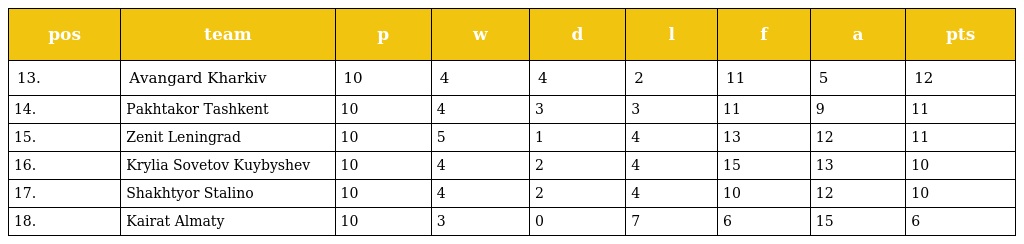
| pos | team | p | w | d | l | f | a | pts |
 | --- | --- | --- | --- | --- | --- | --- | --- | --- |
 | 13. | Avangard Kharkiv | 10 | 4 | 4 | 2 | 11 | 5 | 12 |
 | 14. | Pakhtakor Tashkent | 10 | 4 | 3 | 3 | 11 | 9 | 11 |
 | 15. | Zenit Leningrad | 10 | 5 | 1 | 4 | 13 | 12 | 11 |
 | 16. | Krylia Sovetov Kuybyshev | 10 | 4 | 2 | 4 | 15 | 13 | 10 |
 | 17. | Shakhtyor Stalino | 10 | 4 | 2 | 4 | 10 | 12 | 10 |
 | 18. | Kairat Almaty | 10 | 3 | 0 | 7 | 6 | 15 | 6 |